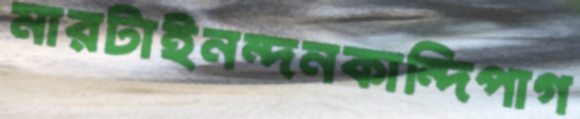
মারটাইনন্দনকান্দিপাগ